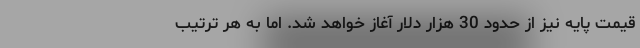
قیمت پایه نیز از حدود 30 هزار دلار آغاز خواهد شد. اما به هر ترتیب